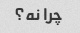
چرا نه؟